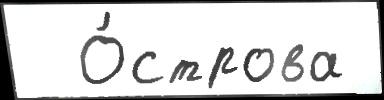
  О́строва